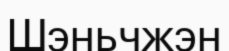
Шэньчжэн